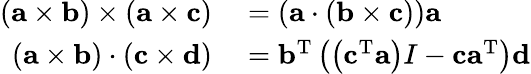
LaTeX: \begin{array}{rl}{(\mathbf{a}\times\mathbf{b})\times(\mathbf{a}\times\mathbf{c})}&{{}=(\mathbf{a}\cdot(\mathbf{b}\times\mathbf{c}))\mathbf{a}}\\ {(\mathbf{a}\times\mathbf{b})\cdot(\mathbf{c}\times\mathbf{d})}&{{}=\mathbf{b}^{\mathrm{T}}\left(\left(\mathbf{c}^{\mathrm{T}}\mathbf{a}\right)I-\mathbf{c}\mathbf{a}^{\mathrm{T}}\right)\mathbf{d}}\end{array}